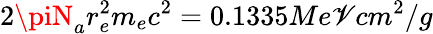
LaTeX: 2\piN_{a}r_{e}^{2}m_{e}c^{2}=0.1335Me\mathscr{V}cm^{2}/g